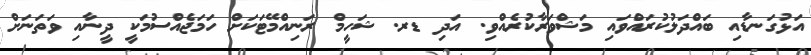
އަޅުގަނޑާއި ބައްދަލުކުރައްވައި މަޝްވަރާކުރެއްވި. އަދި ޑރ. ޝަހީމް ރަނިއްމޭޓަކަށް ހަމަޖެއްސުމަކީ ދީނާއި ވަތަނަށް